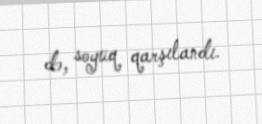
də, soyuq qarşılandı.